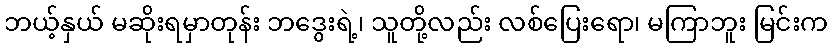
ဘယ့်နှယ် မဆိုးရမှာတုန်း ဘဒွေးရဲ့၊ သူတို့လည်း လစ်ပြေးရော၊ မကြာဘူး မြင်းက